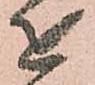
を